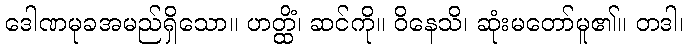
ဒေါဏမုခအမည်ရှိသော။ ဟတ္ထိံ၊ ဆင်ကို။ ဝိနေသိ၊ ဆုံးမတော်မူ၏။ တဒါ၊